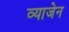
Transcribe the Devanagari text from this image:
व्याजेन